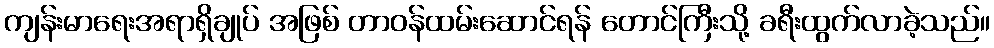
ကျန်းမာရေးအရာရှိချုပ် အဖြစ် တာဝန်ထမ်းဆောင်ရန် တောင်ကြီးသို့ ခရီးထွက်လာခဲ့သည်။